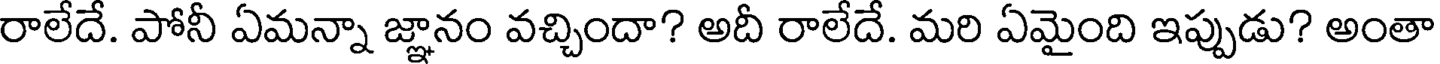
రాలేదే. పోనీ ఏమన్నా జ్ఞానం వచ్చిందా? అదీ రాలేదే. మరి ఏమైంది ఇప్పుడు? అంతా